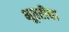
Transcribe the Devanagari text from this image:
भूवरीचा